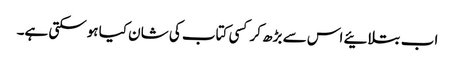
اب بتلائیے اس سے بڑھ کر کسی کتاب کی شان کیا ہوسکتی ہے۔